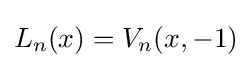
L_{n}(x)=V_{n}(x,-1)